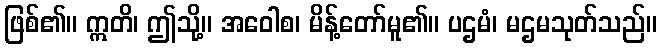
ဖြစ်၏။ ဣတိ၊ ဤသို့။ အဝေါစ၊ မိန့်တော်မူ၏။ ပဌမံ၊ မဌမသုတ်သည်။